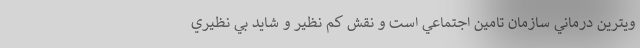
ويترين درماني سازمان تامين اجتماعي است و نقش كم نظير و شايد بي نظيري